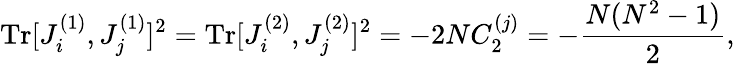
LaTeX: \mathrm{Tr}[J_{i}^{(1)},J_{j}^{(1)}]^{2}=\mathrm{Tr}[J_{i}^{(2)},J_{j}^{(2)}]^{2}=-2NC_{2}^{(j)}=-\frac{N(N^{2}-1)}{2},